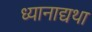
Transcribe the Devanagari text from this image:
ध्यानाद्यथा